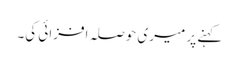
کہنے پر میری حوصلہ افزائی کی۔